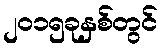
၂၀၁၅ခုနှစ်တွင်